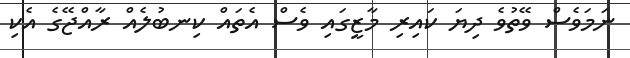
ނަމަވެސް ވޭތުވެ ދިޔަ ކައިރި މާޒީގައި ވެސް އެތައް ކިނބުލެއް ރާއްޖޭގެ އެކި